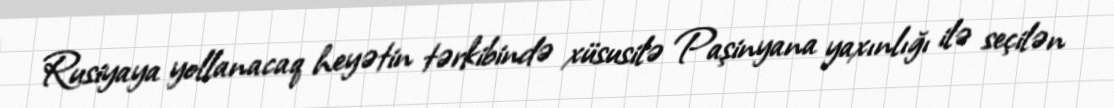
Rusiyaya yollanacaq heyətin tərkibində xüsusilə Paşinyana yaxınlığı ilə seçilən